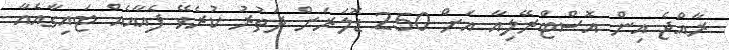
ރާއްޖެ އިން އޮސްޓްރޭލިއާ އަށް 250 ޑޮލަރަށް ދަތުރު ކުރެވޭ ފެއާއެއް ޓައިގާއެއާ